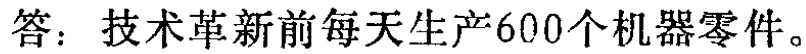
答：技术革新前每天生产600个机器零件。